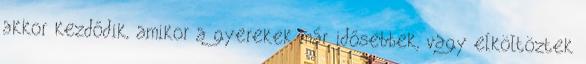
akkor kezdődik, amikor a gyerekek már idősebbek, vagy elköltöztek